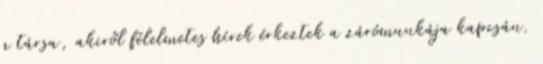
a társa, akiről félelmetes hírek érkeztek a zárómunkája kapcsán.